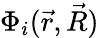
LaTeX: \Phi_{i}(\vec{r},\vec{R})